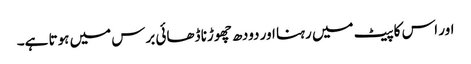
اور اس کا پیٹ میں رہنا اور دودھ چھوڑنا ڈھائی برس میں ہوتا ہے۔